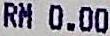
RM 0.00